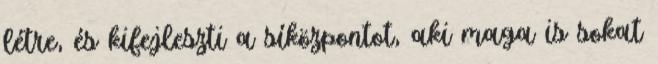
létre, és kifejleszti a síközpontot, aki maga is sokat